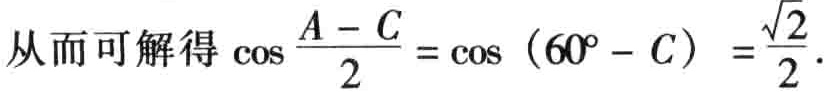
从而可解得\(\cos\frac{A - C}{2}=\cos(60^{\circ}-C)=\frac{\sqrt{2}}{2}\).